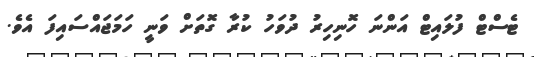
ޓެސްޓް ފުލައިޓް އަންނަ ހޮނިހިރު ދުވަހު ކުރާ ގޮތަށް ވަނީ ހަމަޖައްސައިފަ އެވެ.